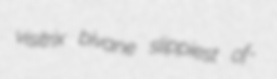
visitrix bivane slippiest of-